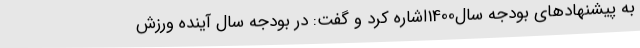
به پیشنهادهای بودجه سال1400اشاره کرد و گفت: در بودجه سال آینده ورزش